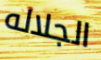
الجلاله